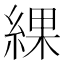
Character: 綶